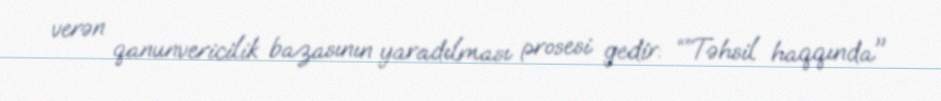
verən qanunvericilik bazasının yaradılması prosesi gedir: “”Təhsil haqqında"